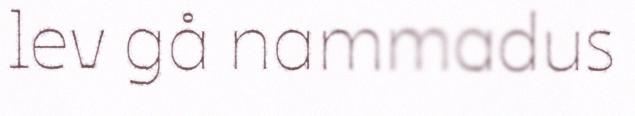
lev gå nammadus